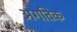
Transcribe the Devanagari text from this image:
अगतिक